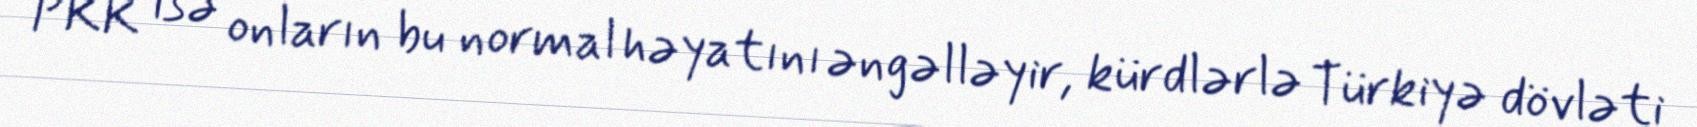
PKK isə onların bu normal həyatını əngəlləyir, kürdlərlə Türkiyə dövləti